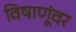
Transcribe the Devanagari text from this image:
विषाणूंवर